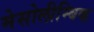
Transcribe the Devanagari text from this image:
मेसोलीम्बिक